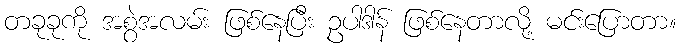
တခုခုကို အစွဲအလမ်း ဖြစ်နေပြီး ဥပါဒါန် ဖြစ်နေတာလို့ မင်းပြောတာ။